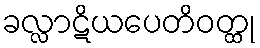
ခလ္လာဋိယပေတိဝတ္ထု